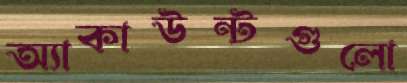
অ্যাকাউন্টগুলো